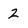
Character: 2